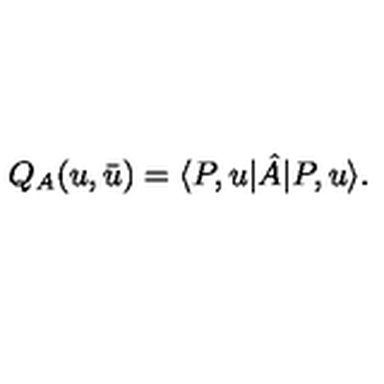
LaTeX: Q _ { A } ( u , \bar { u } ) = \langle P , u | \hat { A } | P , u \rangle .